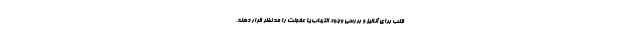
قلب برای آنالیز و بررسی وجود التهاب یا عفونت را مد نظر قرار دهند.